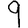
Digit: 9